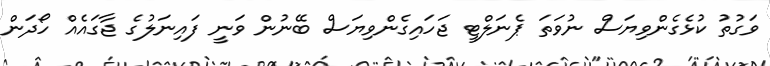
ވަގުތު ކުޅެގެންވިޔަސް ނުވަތަ ޕެނަލްޓީ ޖަހައިގެންވިޔަސް ބޭނުން ވަނީ ފައިނަލުގެ ޖާގައެއް ހޯދަން